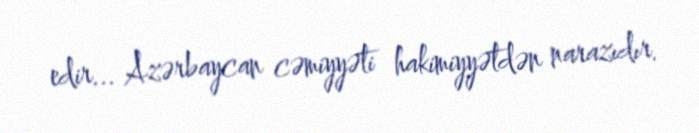
edir... Azərbaycan cəmiyyəti hakimiyyətdən narazıdır.